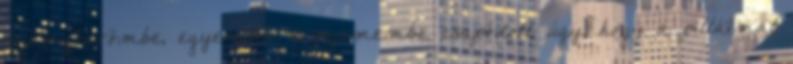
szemgödrömbe, egyenesen a szemembe csapódott, úgy, hogy a pilláimat